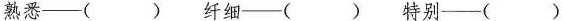
熟悉——( ) 纤细——( ) 特别——( )